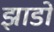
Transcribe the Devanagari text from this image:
झाडों